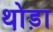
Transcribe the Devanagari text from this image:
थो़ड़ा